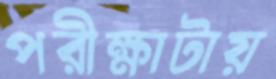
পরীক্ষাটায়